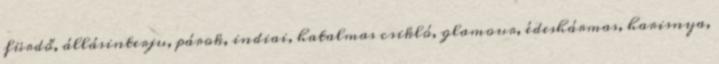
fürdő, állásinterju, párok, indiai, hatalmas csikló, glamour, édeshármas, harisnya,